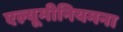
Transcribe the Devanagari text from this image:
एल्यूमीनियमना